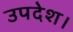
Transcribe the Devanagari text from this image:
उपदेश।